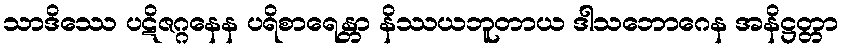
သာဒိဿေ ပဋိဇဂ္ဂနေန ပရိစာရေန္တာ နိဿယဘူတာယ ဒါသဘောဂေန အနိဋ္ဌတ္တာ